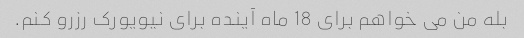
بله من می خواهم برای 18 ماه آینده برای نیویورک رزرو کنم.